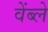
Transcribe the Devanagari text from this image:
वेंब्ले